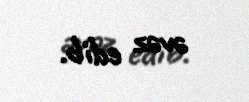
əvəz edib.